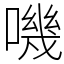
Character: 嘰